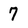
Character: 7